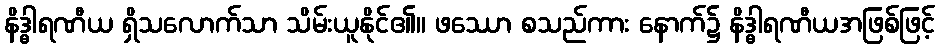
နိဒ္ဓါရဏီယ ရှိသလောက်သာ သိမ်းယူနိုင်၏။ ဖဿော စသည်ကား နောက်၌ နိဒ္ဓါရဏီယအဖြစ်ဖြင့်